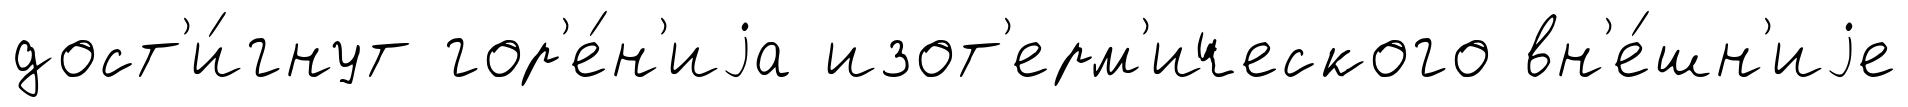
дост'и́гнут гор'е́н'иjа изот'ерм'ического вн'е́шн'иjе